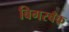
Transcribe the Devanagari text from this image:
बिगरबँक